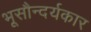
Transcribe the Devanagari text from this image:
भूसौन्दर्यकार